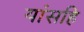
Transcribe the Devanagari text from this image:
यांसहि